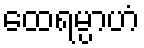
ထေရမ္ပာဟံ